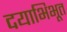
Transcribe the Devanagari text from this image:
दयाभिभूत